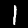
Digit: 1